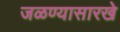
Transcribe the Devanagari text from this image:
जळण्यासारखे